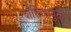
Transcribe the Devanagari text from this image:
शक्तिसंयुक्त